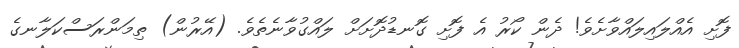
ފޮށި އެއްލައިލައްވާށެވެ! ދެން ކޯރު އެ ފޮށި ގޮނޑުދޮށަށް ލައްގުވާނެތެވެ. (އޭރުން) ތިމަންރަސްކަލާނގެ